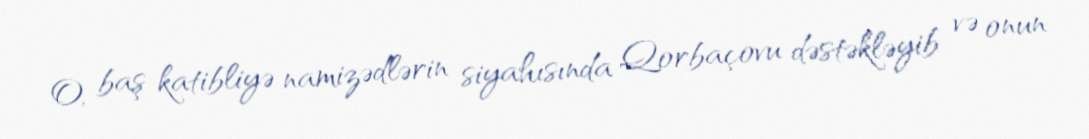
O, baş katibliyə namizədlərin siyahısında Qorbaçovu dəstəkləyib və onun